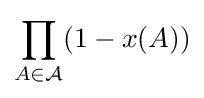
\prod _{A\in {\mathcal {A}}}(1-x(A))